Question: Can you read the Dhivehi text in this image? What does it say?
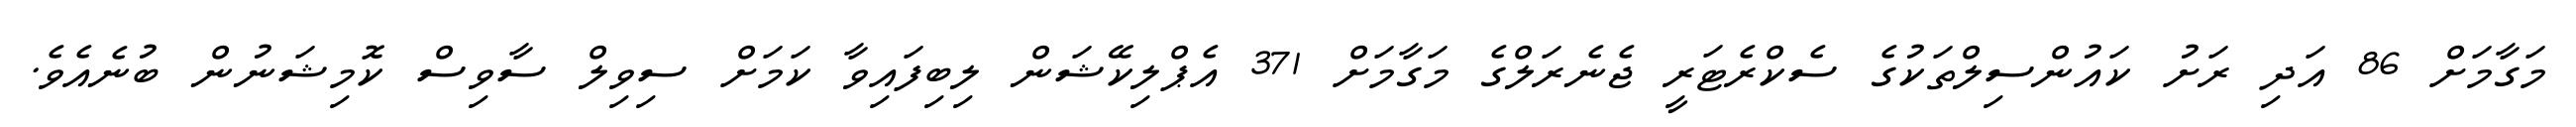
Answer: މަގާމަށް 86 އަދި ރަށު ކައުންސިލްތަކުގެ ސެކްރެޓަރީ ޖެނެރަލްގެ މަގާމަށް 371 އެޕްލިކޭޝަން ލިބިފައިވާ ކަމަށް ސިވިލް ސާވިސް ކޮމިޝަނުން ބުނެއެވެ.